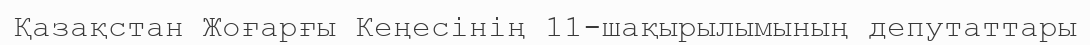
Қазақстан Жоғарғы Кеңесінің 11-шақырылымының депутаттары